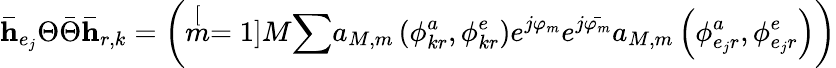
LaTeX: \mathbf{\bar{h}}_{e_{j}}\Theta\bar{\Theta}\mathbf{\bar{h}}_{r,k}=\left(\stackrel[m=1]{M}{\sum}a_{M,m}\left(\phi_{kr}^{a},\phi_{kr}^{e}\right)e^{j\varphi_{m}}e^{j\bar{\varphi_{m}}}a_{M,m}\left(\phi_{e_{j}r}^{a},\phi_{e_{j}r}^{e}\right)\right)